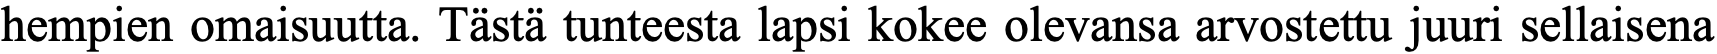
hempien omaisuutta. Tästä tunteesta lapsi kokee olevansa arvostettu juuri sellaisena